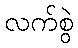
လက်စွဲ